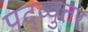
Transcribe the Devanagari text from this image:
पद्व्वुत्तर